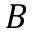
B